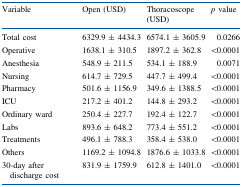
| Variable | Open (USD) | Thoracoscope (USD) | p value |
 | --- | --- | --- | --- |
 | Total cost | 6329.9 ± 4434.3 | 6574.1 ± 3605.9 | 0.0266 |
 | Operative | 1638.1 ± 310.5 | 1897.2 ± 362.8 | <0.0001 |
 | Anesthesia | 548.9 ± 211.5 | 534.1 ± 188.9 | 0.0071 |
 | Nursing | 614.7 ± 729.5 | 447.7 ± 499.4 | <0.0001 |
 | Pharmacy | 501.6 ± 1156.9 | 349.6 ± 1388.5 | <0.0001 |
 | ICU | 217.2 ± 401.2 | 144.8 ± 293.2 | <0.0001 |
 | Ordinary ward | 250.4 ± 227.7 | 192.4 ± 122.7 | <0.0001 |
 | Labs | 893.6 ± 648.2 | 773.4 ± 551.2 | <0.0001 |
 | Treatments | 496.1 ± 788.3 | 358.4 ± 538.0 | <0.0001 |
 | Others | 1169.2 ± 1094.8 | 1876.6 ± 1033.8 | <0.0001 |
 | 30-day after discharge cost | 831.9 ± 1759.9 | 612.8 ± 1401.0 | <0.0001 |